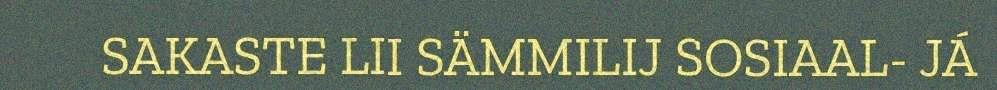
SAKASTE LII SÄMMILIJ SOSIAAL- JÁ